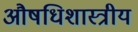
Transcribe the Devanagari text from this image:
औषधिशास्त्रीय